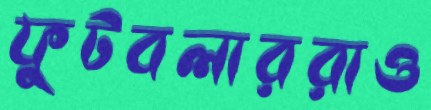
ফুটবলাররাও